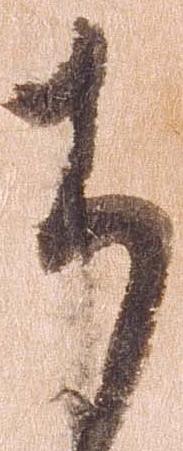
ち